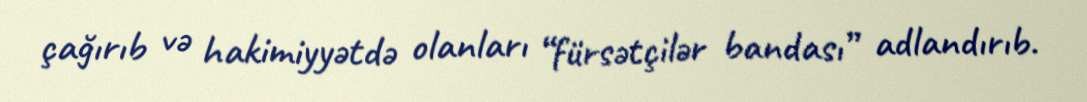
çağırıb və hakimiyyətdə olanları “fürsətçilər bandası” adlandırıb.